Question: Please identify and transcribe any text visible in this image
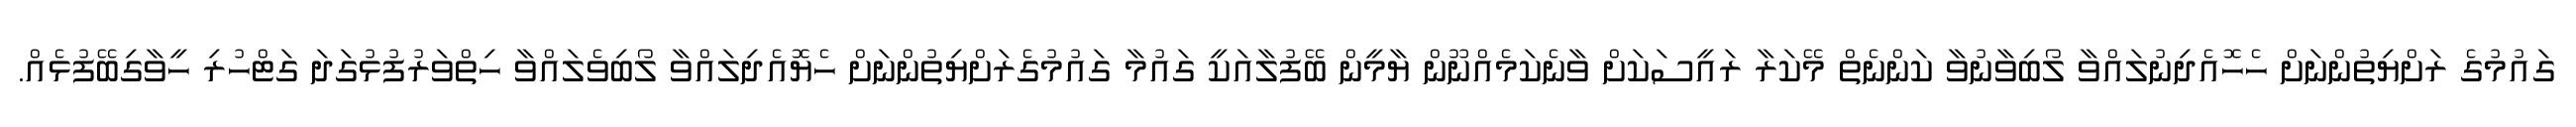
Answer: ގައުމުގެ ރަށްޔިތުންނަށް ހެހޮއެދިނުލައްވާ ލޯބިވާނުވާ ކަންނެތް މޭކަރާ ރައީސަކަށް ވާނެކަމެއްނޫން ޔާމީން ބޭފުލާއަކީ ގައުމާ ގައުމުގެރަށްޔިތުންނަށް ހެޔޮއެދިލައްވާ ލޯބިވެލައްވާ ހިތްވަރުފުޅުގަދަ ގަޓްހުރި ހީވާގިބޭފުޅެއް.